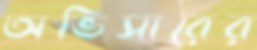
অভিসারের